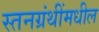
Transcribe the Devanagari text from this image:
स्तनग्रंथींमधील